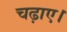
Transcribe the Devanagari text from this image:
चढ़ाए।